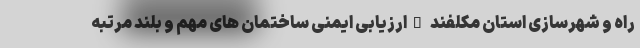
راه و شهرسازی استان مکلفند "ارزیابی ایمنی ساختمان های مهم و بلند مرتبه